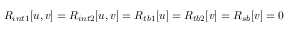
R _ { i n t 1 } [ u , v ] = R _ { i n t 2 } [ u , v ] = R _ { t b 1 } [ u ] = R _ { t b 2 } [ v ] = R _ { s b } [ v ] = 0